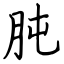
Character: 肫